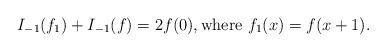
LaTeX: \begin{align*}I_{-1}(f_1) + I_{-1}(f) = 2f(0), \textnormal{where}\,\, f_1(x) = f(x+1).\end{align*}